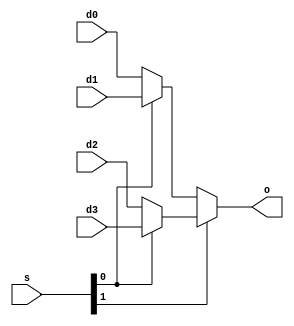
module mux2s #(
        parameter w = 8
        )(
        input [w-1:0] d0, d1, d2, d3,
        input [1:0] s,
        output [w-1:0] o
        );                              
  assign o = s[1] ? (s[0] ? d3:d2) : (s[0] ? d1:d0);
  
endmodule

module mux2s_tb; //w=3
  reg [2:0] d0, d1, d2, d3;
  reg [1:0] s;
  wire [2:0] o;
  
  mux2s #(.w(3)) inst1(.d0(d0), .d1(d1), .d2(d2), .d3(d3), .s(s), .o(o));
  
  integer k;
  initial begin
    
    $display("time\td0\td1\td2\td3\ts\to");
    $monitor("%4t\t%b\t%b\t%b\t%b\t%b\t%b",$time,d0,d1,d2,d3,s,o);
    
    {d0, d1, d2, d3, s} = 0; //14 biti
    repeat(999)
      #20 {d0, d1, d2, d3, s} = $urandom_range(1,16383);
    #20;
  end
endmodule